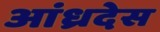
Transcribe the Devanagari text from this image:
आंध्रदेस